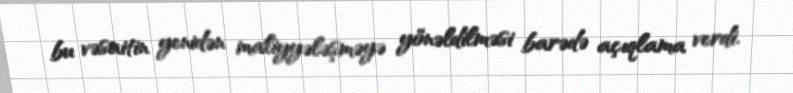
bu vəsaitin yenidən maliyyələşməyə yönəldilməsi barədə açıqlama verdi.